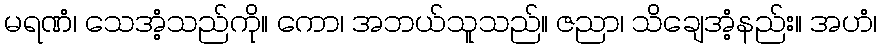
မရဏံ၊ သေအံ့သည်ကို။ ကော၊ အဘယ်သူသည်။ ဇညာ၊ သိချေအံ့နည်း။ အဟံ၊